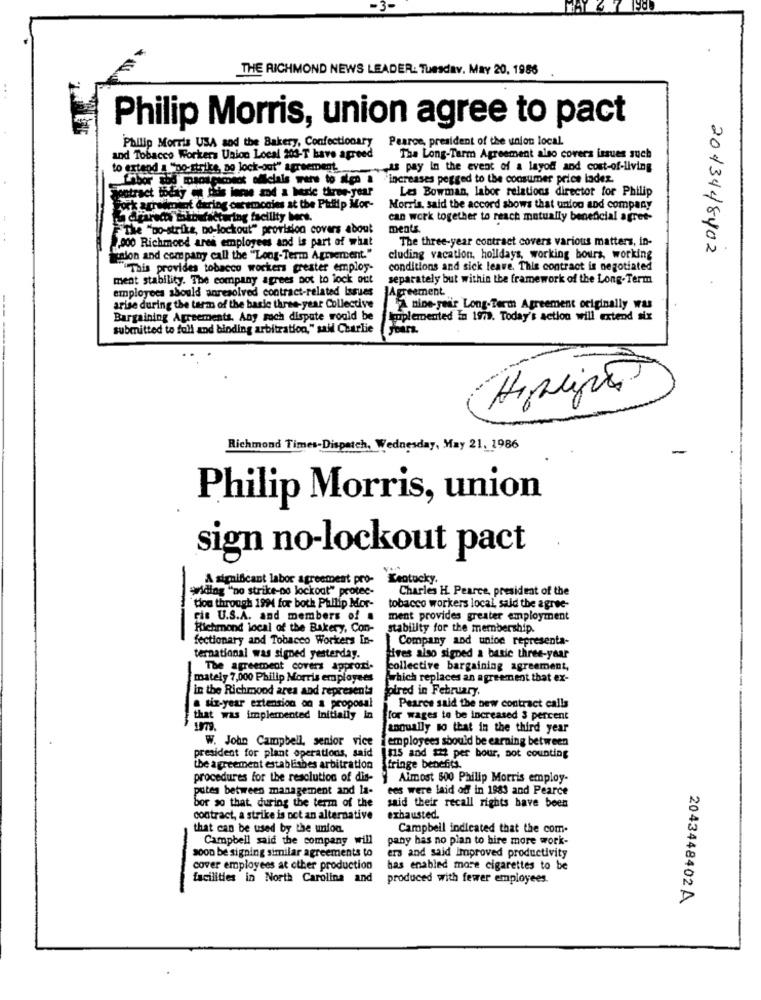
THE RICHMOND NEWS LEADER: Tuesday, May 20, 1986
Philip Morris, union agree to pact
Philip Morris USA and the Bakery, Confectionary
Pearce, president of the union local.
and Tobacco Workers Union Local 203-T have agreed
The Long-Tarm Agreement also covers issues such
to extend . "po-strike, no lock-out" agreement
-as pay in the event of a layod and cost-of-living
increases pegged to the consumer price ladez.
Les Bowman, labor relations director for Philip
Hontract today of dais inne and a berle three-year
Pork arrest daring ceremcoles at the Philip Mor-
Morris, said the accord shows that union and company
aparece saibafactoring facility bert.
can work together to reach mutually beneficial agree-
F The "Do-strike, Do-lockout" provision covers about
ments.
.000 Richmond ares employees and is part of what
The three-year contract covers various matters, in-
2013448402
icalon and company call the "Long-Term Agrement."
cluding vacation, holldays, working hours, working
"This provides tobacco workers grester employ-
conditions and sick leave. This contract is negotiated
ment stability. The company agrees not to lock out
separately but within the framework of the Long-Term
employees should anresolved contract-related Issues
Agreement.
arise during the term of the basic three-year Collective
A nine-year Long-Term Agreement originally was
Bargaining Agreements. Any roch dispute would be
Implemented In 1973. Today's action will extend six
submitted to full and binding arbitration," sail Charlie
Hiphipã
Richmond Times-Dispatch, Wednesday, May 21, 1986
Philip Morris, union
sign no-lockout pact
A significant labor agreement pro-
Kentucky.
Widing "no strike-os lockout" protec-
Charles H. Pearce, president of the
tion through 1994 for both Philip Mor-
tobacco workers local, sald the agree-
ris U.S.A. and members of .
ment provides greater employment
Richmond local of the Bakery, Con-
stability for the membership.
fectionary and Tobacco Workers In-
Company and union representa-
ternational was signed yesterday.
Hives also signed a batic three-year
The agreement covers approdi-
collective bargaining agreement,
mately 7,000 Philip Morris employees
which replaces an agreement that ex-
in the Richmond area and representa
olred in February.
a six-year extension on a proposal
Pearce said the new contract calls
that was implemented initially in
for wages to be increased 3 percent
anqually so that in the third year
W. John Campbell, senior
employees should be earning between
president for plant operations, said
Ins and #22 per hour, not counting
the agreement establishes arbitration
fringe benefits.
procedures for the resolution of dis-
Almost 600 Philip Morris employ-
putes between management and la-
ees were laid off in 1983 and Pearce
bor so that. during the term of the
said their recall rights have been
contract, a strike is not an alternative
exhausted.
that can be used by the union
Campbell indicated that the com.
Campbell said the company will
pany has no plan to hire more work-
soon be signing similar agreements to
ers and said Improved productivity
cover employees at other production
has enabled more cigarettes to be
facilities in North Carolina and
produced with fewer employees.
-
2043448402A